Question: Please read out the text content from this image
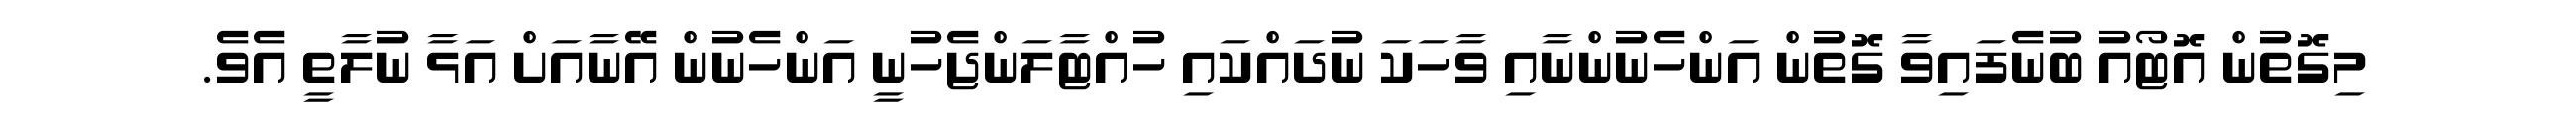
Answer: މިގޮތުން އޮޓޯއު ބުނެފައިވާ ގޮތުން އަންހެނުންނާއި ވާހަކަ ނުދައްކައި ހުއްޓާލަންޖެހުނީ އަންހެނުން އޭނާއަށް އަޅާ ނުލާތީ އެވެ.